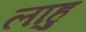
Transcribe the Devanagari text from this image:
लाहु